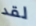
لقد